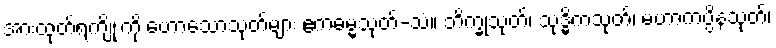
အားထုတ်ရကျိုးကို ဟောသောသုတ်များ ဧကဓမ္မသုတ်-သံ။ ဘိက္ခုသုတ်၊ သုဒ္ဓိကသုတ်၊ မဟာကပ္ပိနသုတ်၊